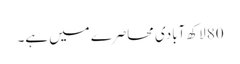
80 لاکھ آبادی محاصرے میں ہے۔